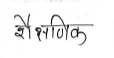
मजकूर: शैक्षणिक